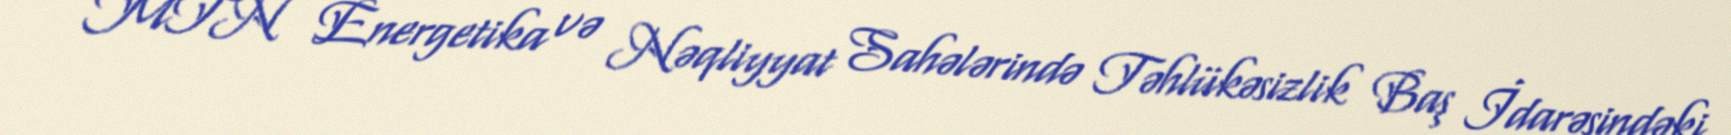
MTN Energetika və Nəqliyyat Sahələrində Təhlükəsizlik Baş İdarəsindəki